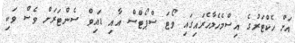
އަށް ހެކްޓަރުގެ އިސްމެހެލާހެރައިގައި ވޯޓަ ސްޕޯޓްސް އާއި ޑައިވް ސެންޓަރަށް ވެސް ވަކި